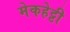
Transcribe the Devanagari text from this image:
मेकहेट्टी